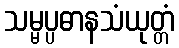
သမ္မပ္ပဓာနသံယုတ္တံ